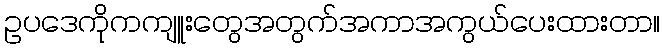
ဥပဒေကိုကကျူးတွေအတွက်အကာအကွယ်ပေးထားတာ။